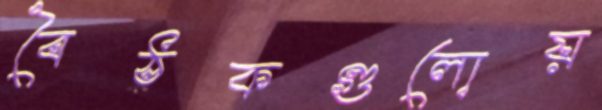
বৈঠকগুলোয়